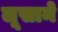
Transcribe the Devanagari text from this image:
लूसाने